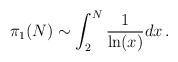
LaTeX: \begin{align*}\pi_{1}(N) \sim \int_2^N \frac{1}{\ln(x)} dx\, .\end{align*}